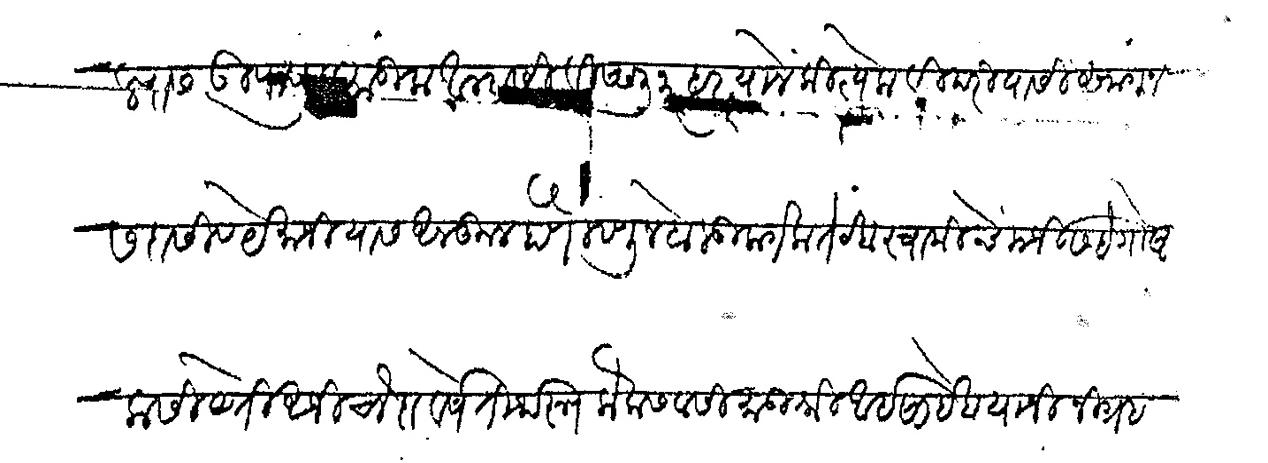
Transliteration (Devanagari): किल्यास उपद्रव मांडीला आम्हासी विष्णु नरहर याने कित्येक विपरीयासी सांगून सदासिव येमाजी यास अनकूल होणे म्हणून बोलू लागला तेव्हा स्वामीचे मर्जीस हे गोष्ट कसी येती अजी चौदा वर्षे तीर्थरूप कैलासवासी मातुश्री आईसाहेब यांनी निग्रह